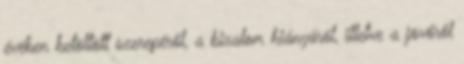
évében betöltött szerepéről, a bizalom hiányáról, illetve a jövőről